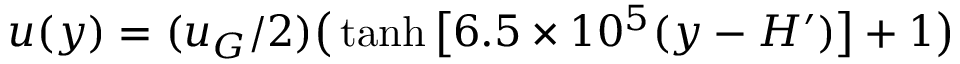
u ( y ) = ( u _ { G } / 2 ) \big ( \operatorname { t a n h } { \big [ 6 . 5 \times 1 0 ^ { 5 } ( y - H ^ { \prime } ) \big ] } + 1 \big )